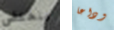
ينخفض وداعا